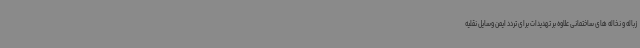
زباله و نخاله های ساختمانی علاوه بر تهدیدات برای تردد ایمن وسایل نقلیه